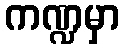
ကဏ္ဍမှာ